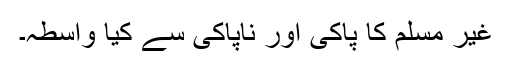
غیر مسلم کا پاکی اور ناپاکی سے کیا واسطہ۔